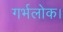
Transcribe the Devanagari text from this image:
गर्भलोक।